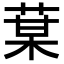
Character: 𦳑